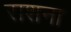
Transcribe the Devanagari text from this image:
राशना